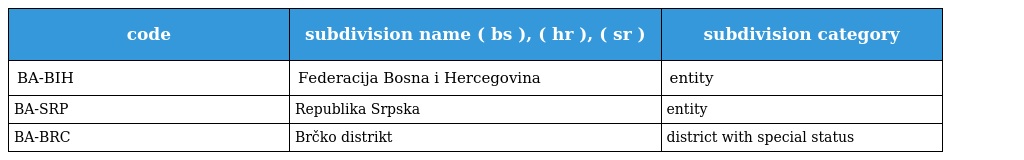
| code | subdivision name ( bs ), ( hr ), ( sr ) | subdivision category |
 | --- | --- | --- |
 | BA-BIH | Federacija Bosna i Hercegovina | entity |
 | BA-SRP | Republika Srpska | entity |
 | BA-BRC | Brčko distrikt | district with special status |